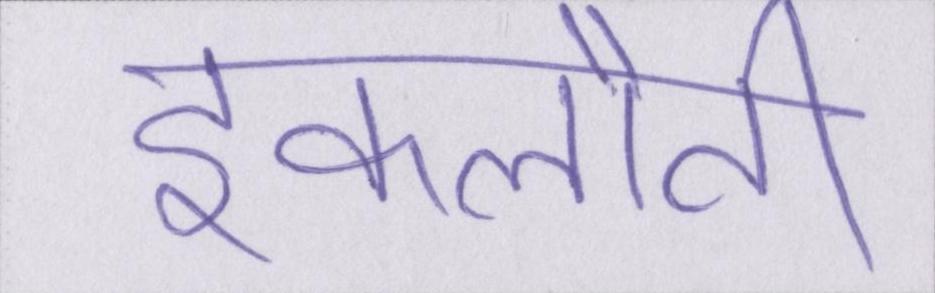
इकलौती